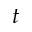
t